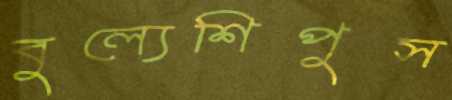
বুল্যেশিপুস